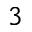
3